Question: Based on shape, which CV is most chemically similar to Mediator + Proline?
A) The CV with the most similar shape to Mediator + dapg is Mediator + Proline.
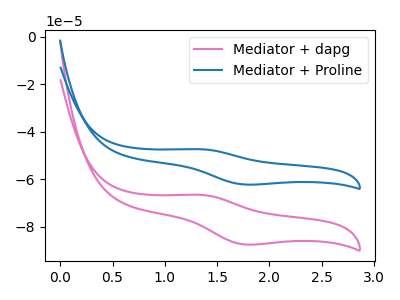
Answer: <think>The pink curve "Mediator + dapg" has an anodic peak at (1.35V, -66.50uA) and a cathodic peak at (1.75V, -87.35uA). The blue curve "Mediator + Proline" has an anodic peak at (1.35V, -47.30uA) and a cathodic peak at (1.75V, -62.15uA).
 All the peaks in "Mediator + dapg" have a peak in "Mediator + Proline" at the same potential.</think>
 <answer>A) The CV with the most similar shape to "Mediator + dapg" is "Mediator + Proline".</answer>
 <eval>A</eval>